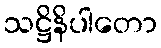
သဋ္ဌိနိပါတော